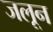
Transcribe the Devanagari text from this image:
जलून